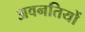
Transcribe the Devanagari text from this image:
अवनतियों